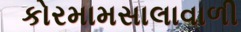
કોરમામસાલાવાળી